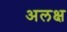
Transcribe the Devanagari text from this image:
अलक्ष